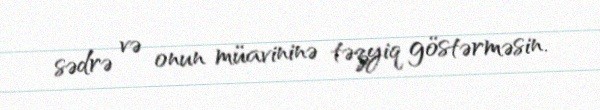
sədrə və onun müavininə təzyiq göstərməsin.